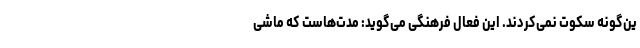
ین‌گونه سکوت نمی‌کردند. این فعال فرهنگی می‌گوید: مدت‌هاست که ماشی